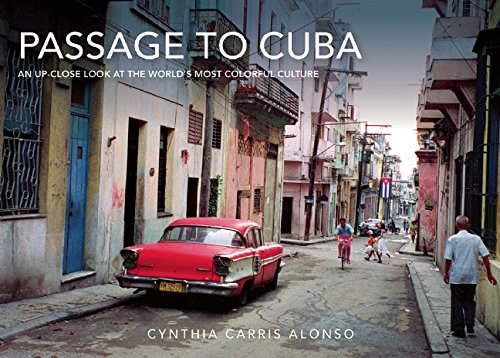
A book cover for Passage to Cuba: An Up-Close Look at the World's Most Colorful Culture; Cynthia Carris Alonso; Travel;